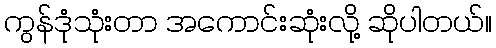
ကွန်ဒုံသုံးတာ အကောင်းဆုံးလို့ ဆိုပါတယ်။